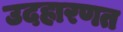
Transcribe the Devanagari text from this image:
उदहारणत